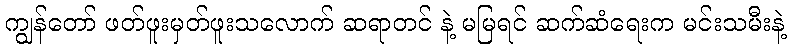
ကျွန်တော် ဖတ်ဖူးမှတ်ဖူးသလောက် ဆရာတင် နဲ့ မမြရင် ဆက်ဆံရေးက မင်းသမီးနဲ့